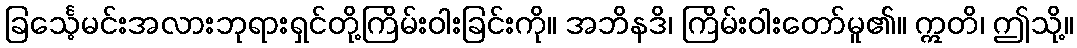
ခြင်္သေ့မင်းအလားဘုရားရှင်တို့ကြိမ်းဝါးခြင်းကို။ အဘိနဒိ၊ ကြိမ်းဝါးတော်မူ၏။ ဣတိ၊ ဤသို့။